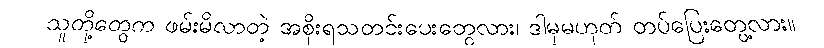
သူတို့တွေက ဖမ်းမိလာတဲ့ အစိုးရသတင်းပေးတွေလား၊ ဒါမှမဟုတ် တပ်ပြေးတွေ့လား။